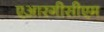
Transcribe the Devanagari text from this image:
एआरगीसीएम